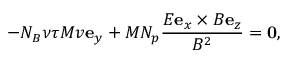
- N _ { B } \nu \tau M v \mathbf { e } _ { y } + M N _ { p } \frac { E \mathbf { e } _ { x } \times B \mathbf { e } _ { z } } { B ^ { 2 } } = \mathbf { 0 } ,